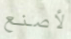
لأصنع